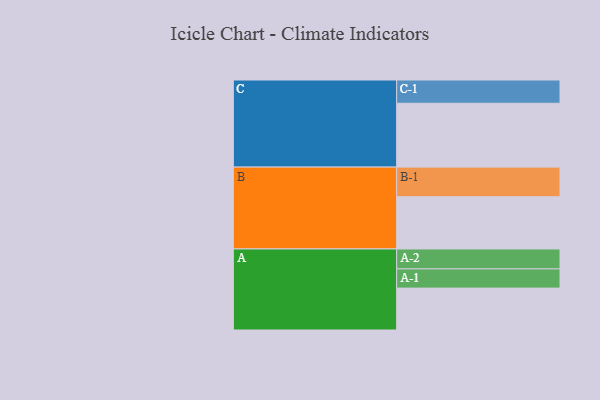
{"axis": {"x": "Segment", "y": "Value"}, "legend": ["", "A", "B", "C"], "data": [{"x": "A", "y": 366, "type": ""}, {"x": "B", "y": 456, "type": ""}, {"x": "C", "y": 558, "type": ""}, {"x": "A-1", "y": 168, "type": "A"}, {"x": "A-2", "y": 174, "type": "A"}, {"x": "B-1", "y": 259, "type": "B"}, {"x": "C-1", "y": 203, "type": "C"}]}